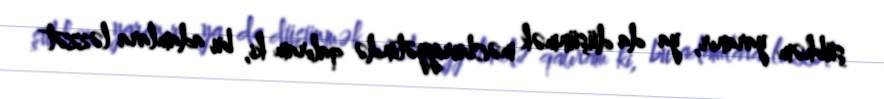
şübhəm yaranır, ya da düşünmək məcburiyyətində qalıram ki, bu adamlara ləzzət